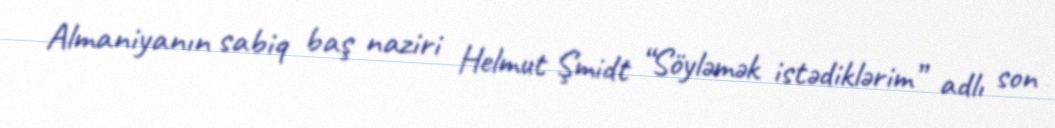
Almaniyanın sabiq baş naziri Helmut Şmidt “Söyləmək istədiklərim” adlı son